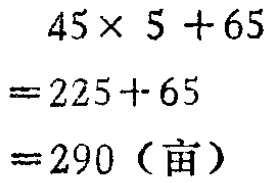
\[

\begin{align*}

&45\times 5 + 65\\

=&225 + 65\\

=&290 (\text{亩})

\end{align*}

\]